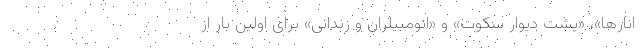
انارها»، «پشت دیوار سکوت» و «اتومبیلران و زندانی» برای اولین بار از